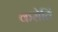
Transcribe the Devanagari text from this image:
करोतिं